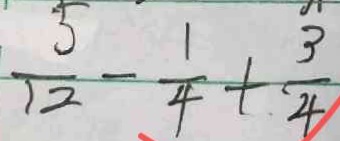
\frac { 5 } { 1 2 } - \frac { 1 } { 4 } + \frac { 3 } { 4 }